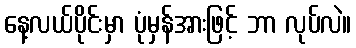
နေ့လယ်ပိုင်းမှာ ပုံမှန်အားဖြင့် ဘာ လုပ်လဲ။